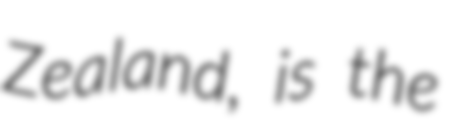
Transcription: Zealand, is the